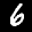
Label: 6